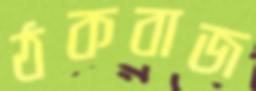
ঠকবাজ